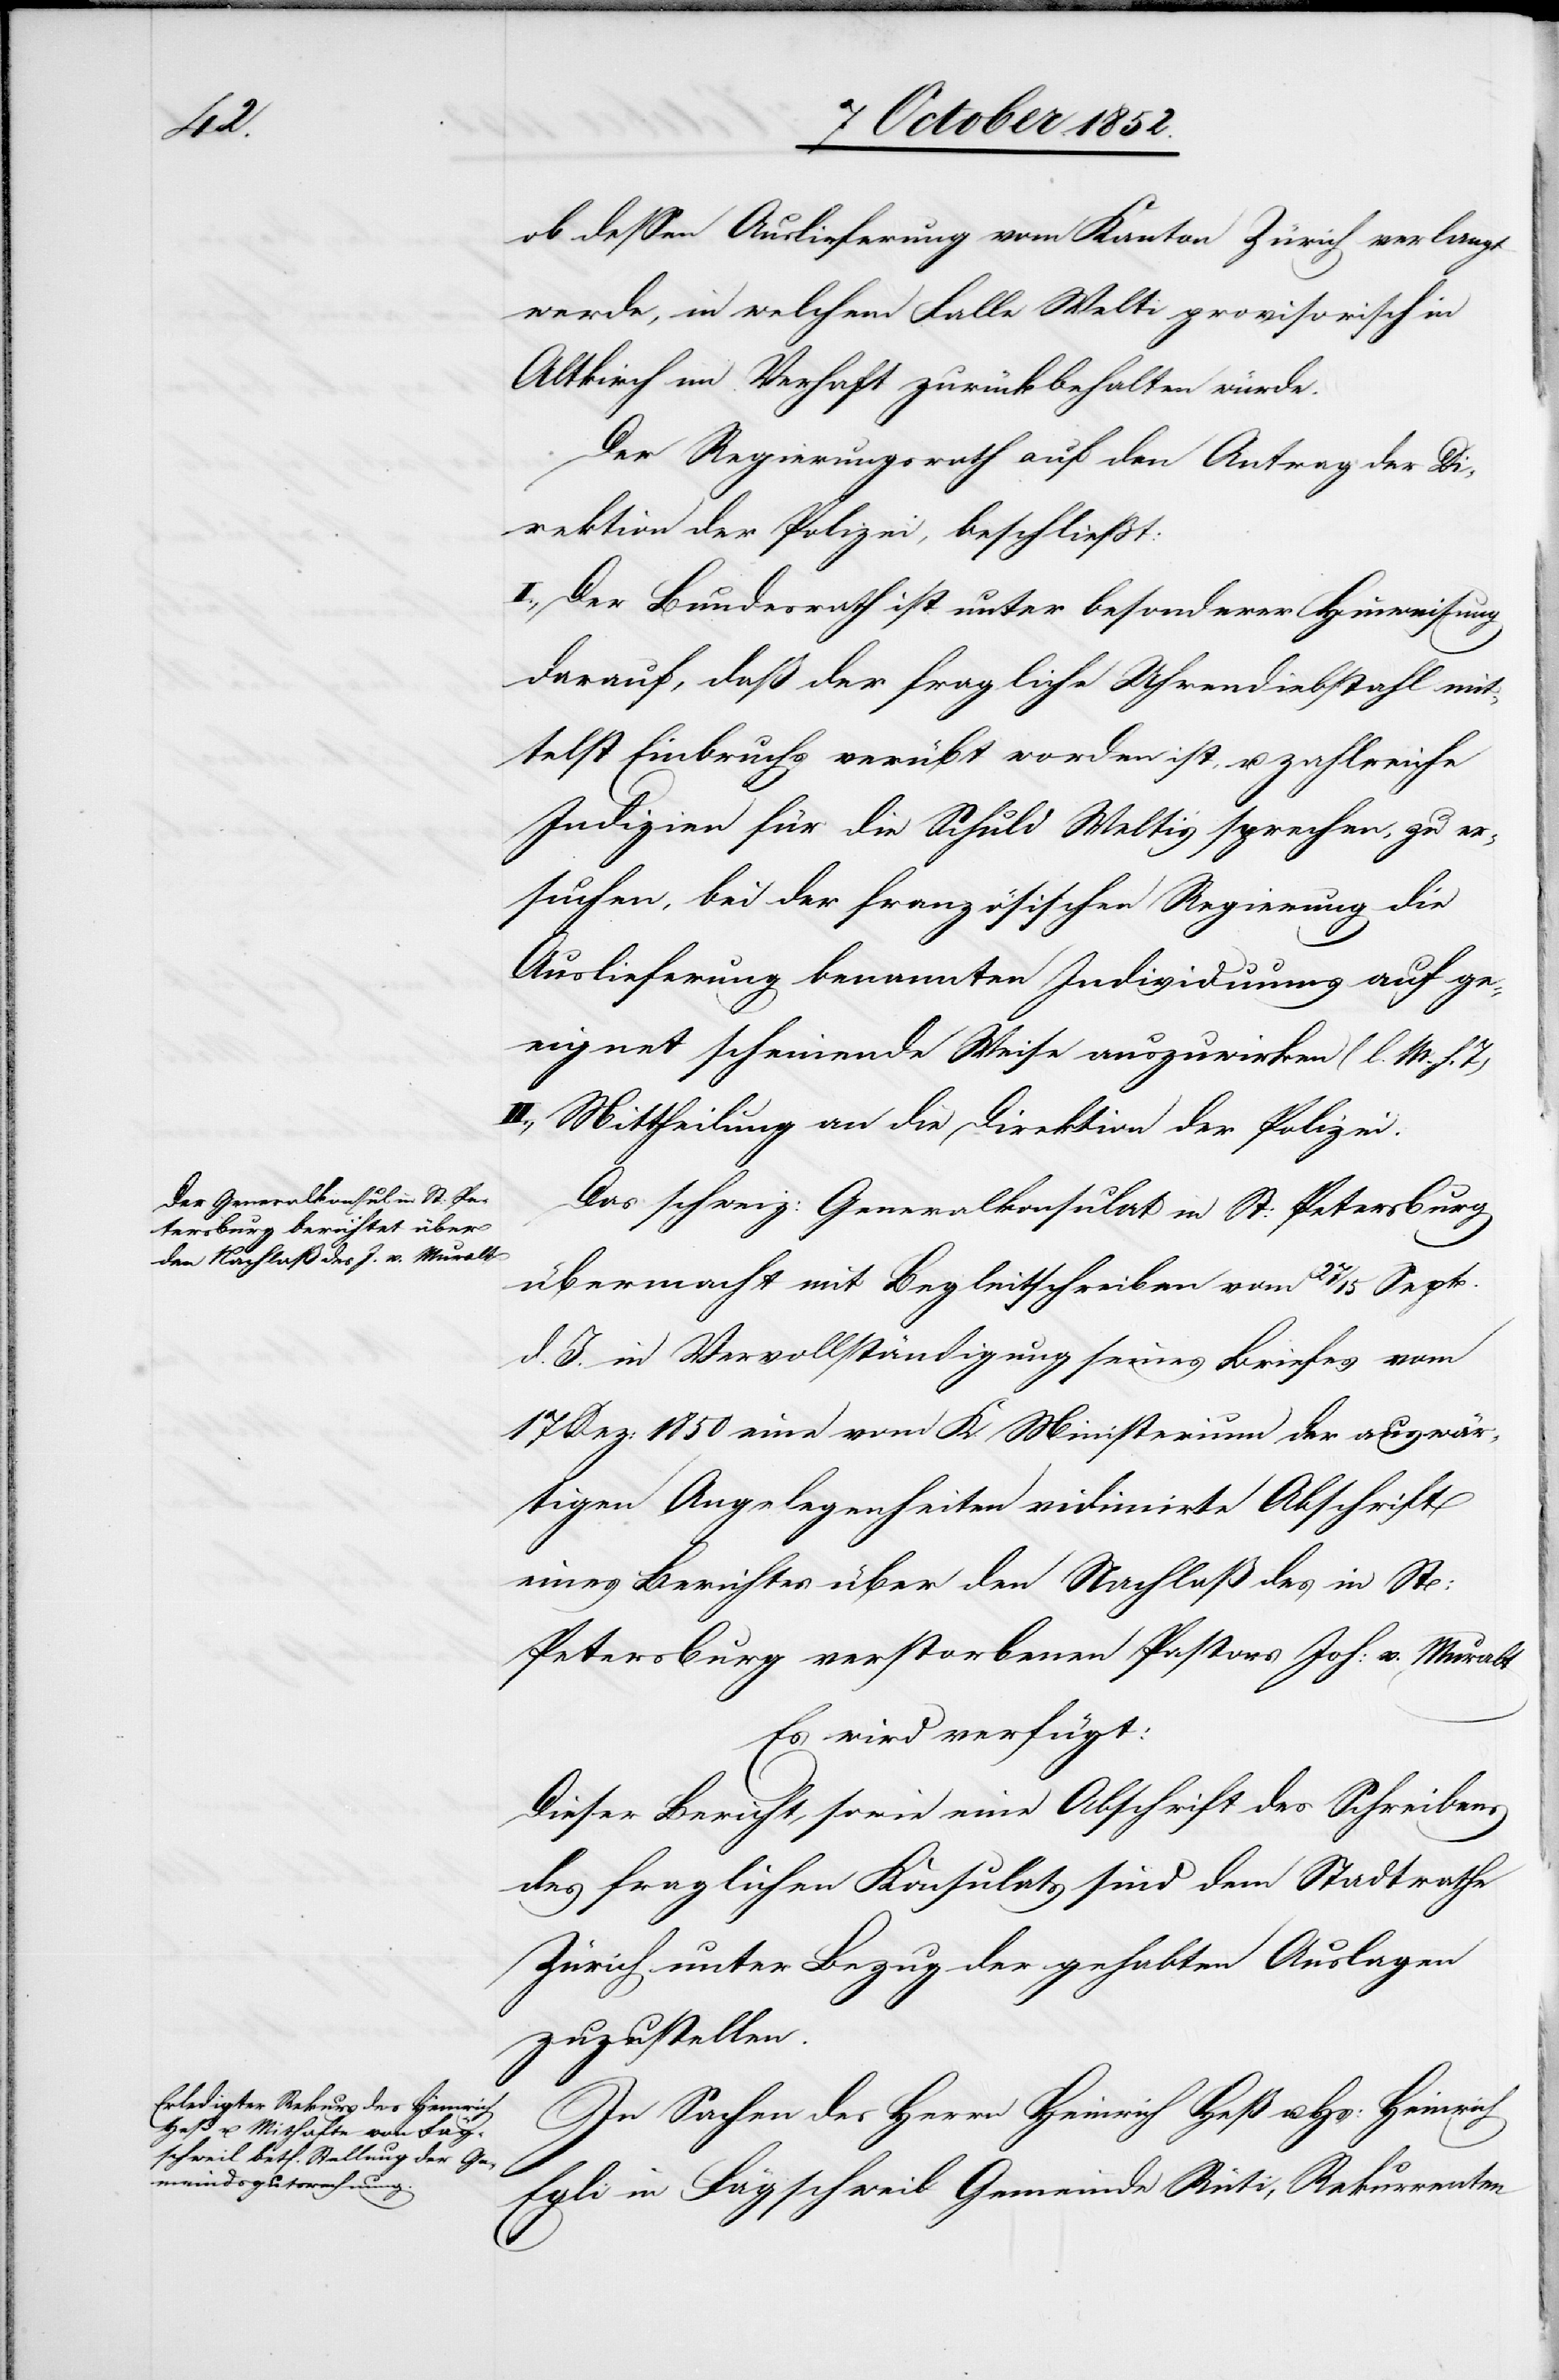
ob dessen Auslieferung vom Kanton Zürich verlangt
werde, in welchem Falle Welti provisorisch in
Altkirch im Verhaft zurückbehalten würde.
Der Regierungsrath auf den Antrag der Di¬
rektion der Polizei, beschließt:
I., Der Bundesrath ist unter besonderer Hinweisung
darauf, daß der fragliche Uhrendiebstahl mit¬
telst Einbruchs verübt worden ist, u. zahlreiche
Indizien für die Schuld Welti’s sprechen, zu er¬
suchen, bei der französischen Regierung die
Auslieferung benannten Individuums auf ge¬
eignet scheinende Weise auszuwirken (l. M. h. T)
II., Mittheilung an die Direktion der Polizei.
Das schweiz: Generalkonsulat in St: Petersburg
übermacht mit Begleitschreiben vom 27 / 15 Sept.
d. J. in Vervollständigung seines Briefes vom
17 Dez: 1850 eine vom K. Ministerium der auswär¬
tigen Angelegenheiten vidimirte Abschrift
eines Berichtes über den Nachlaß des in St:
Petersburg verstorbenen Pastors Joh: v. Muralt
Es wird verfügt:
Dieser Bericht, sowie eine Abschrift des Schreibens
des fraglichen Konsulats sind dem Stadtrathe
Zürich unter Bezug der gehabten Auslagen
zuzustellen.
In Sachen des Herrn Heinrich Heß u. Hs: Heinrich
Egli in Fägschweil Gemeinde Rüti, Rekurrenten